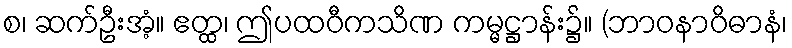
စ၊ ဆက်ဦးအံ့။ ဧတ္ထ၊ ဤပထဝီကသိဏ ကမ္မဋ္ဌာန်း၌။ (ဘာဝနာဝိဓာနံ၊